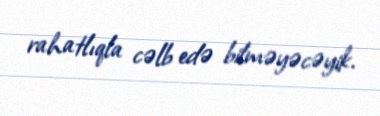
rahatlıqla cəlb edə bilməyəcəyik.